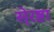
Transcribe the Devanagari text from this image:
से्रष्टा